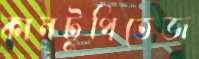
কানটুপিতেজ